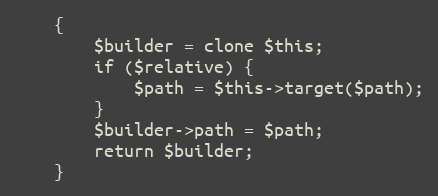
Language: PHP
    {
        $builder = clone $this;
        if ($relative) {
            $path = $this->target($path);
        }
        $builder->path = $path;
        return $builder;
    }